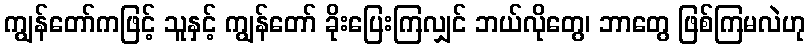
ကျွန်တော်ကဖြင့် သူနှင့် ကျွန်တော် ခိုးပြေးကြလျှင် ဘယ်လိုတွေ၊ ဘာတွေ ဖြစ်ကြမလဲဟု